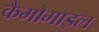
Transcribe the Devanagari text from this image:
कैमोमाइल